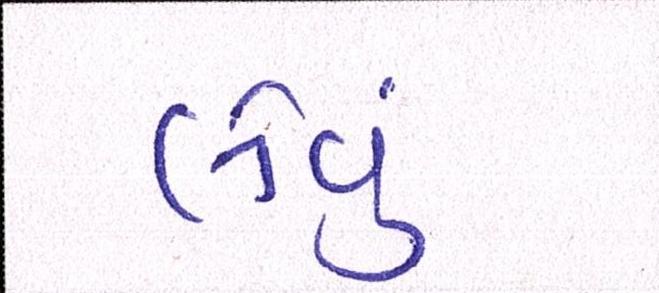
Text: લેવું